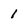
Character: i